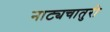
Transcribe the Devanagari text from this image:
नाट्यचातुरी